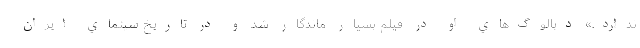
ندارد.» ديالوگ‌هاي او در فيلم بسيار ماندگار شد و در تاريخ سينماي ايران